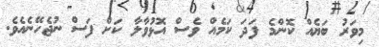
މިވަރު ބަޔެއް ކޮންމެ ފަދަ ކަމެއް ވެސް އޮޅުވާލާ ކަށް ފަސް ނުޖެހޭނެއެވެ.